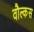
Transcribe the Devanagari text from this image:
वौल्कस